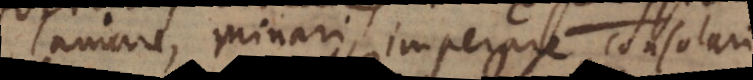
amare, minari, imperare, consolari.